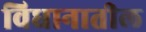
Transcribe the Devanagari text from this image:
विधानातील